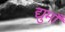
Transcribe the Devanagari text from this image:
द्युमाँ